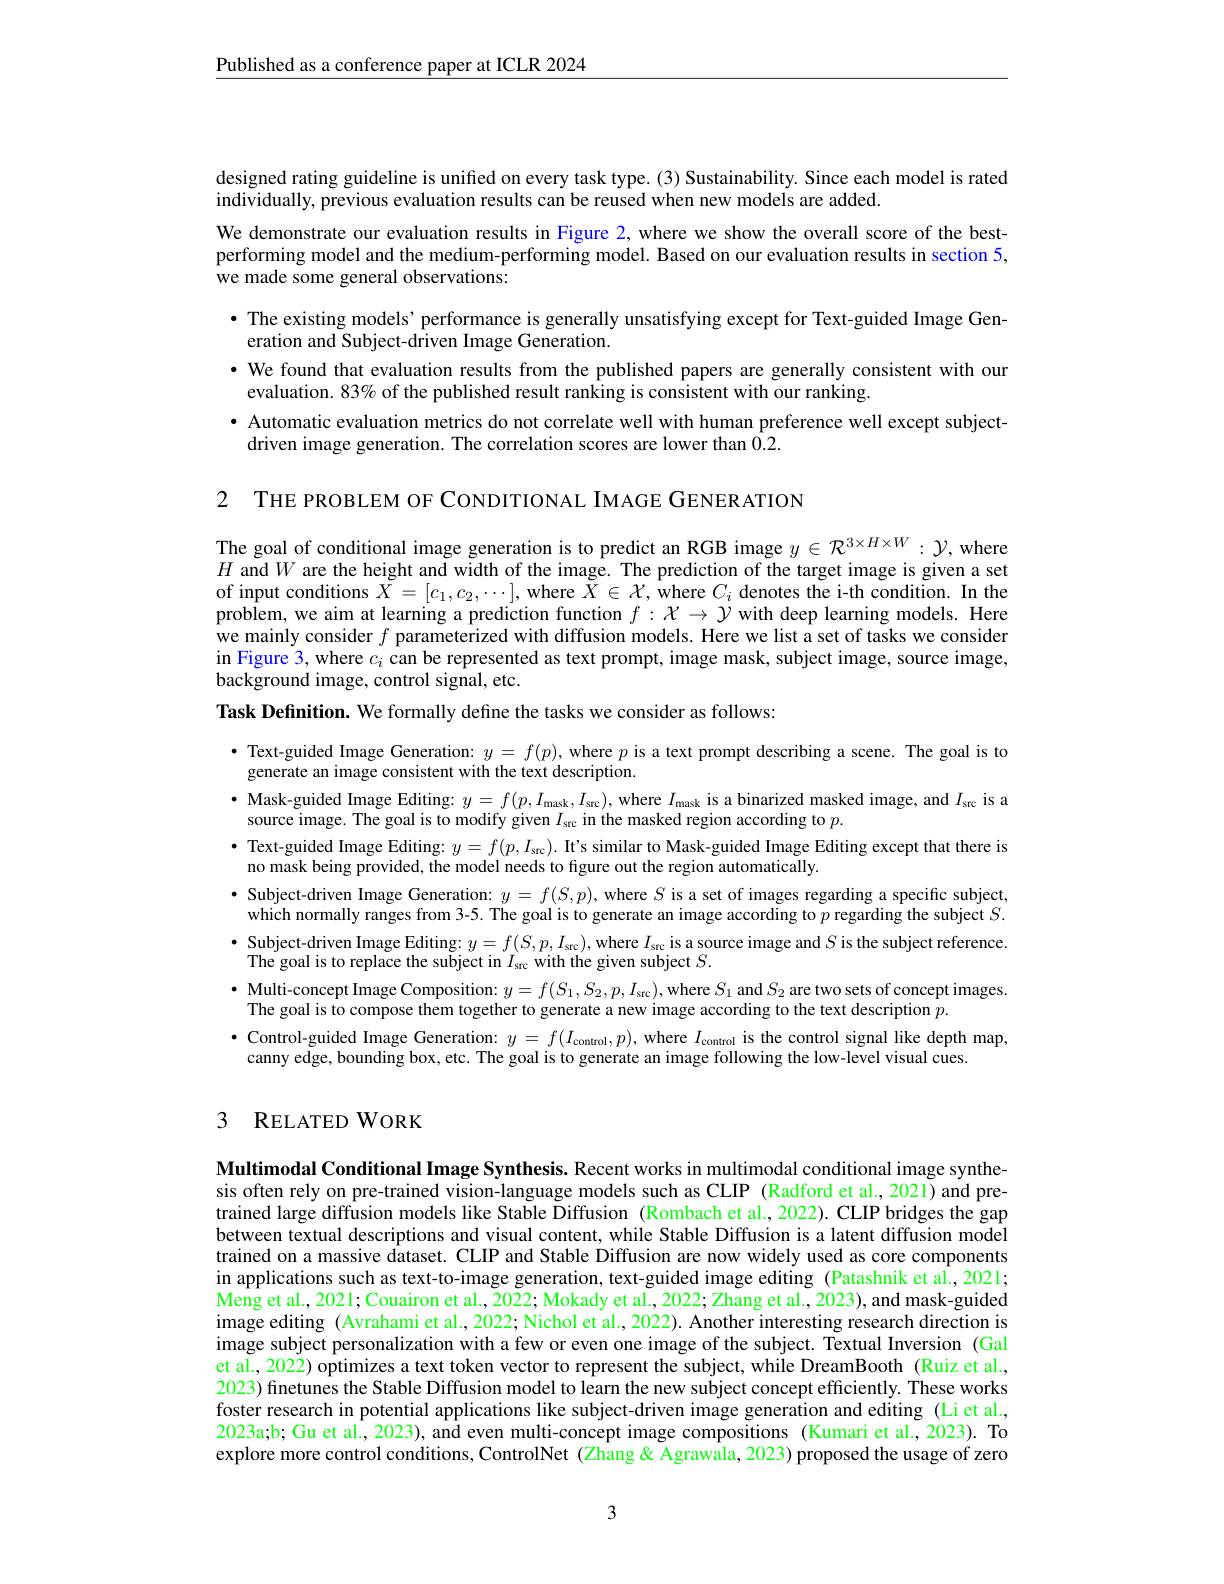
$\underline{\text{Published as a conference paper at ICLR 2024}}$

designed rating guideline is unified on every task type. (3) Sustainability. Since each model is rated
individually, previous evaluation results can be reused when new models are added.

We demonstrate our evaluation results in Figure 2, where we show the overall score of the bestperforming model and the medium-performing model. Based on our evaluation results in section 5, we made some general observations:
$\bullet$ The existing models’performance is generally unsatisfying except for Text-guided Image Gen-
eration and Subject-driven Image Generation.
· We found that evaluation results from the published papers are generally consistent with our
evaluation. 83% of the published result ranking is consistent with our ranking
· Automatic evaluation metrics do not correlate well with human preference well except subject-
driven image generation. The correlation scores are lower than 0.2.

2 THE PROBLEM OF CONDITIONAL IMAGE GENER ATION

The goal of conditional image generation is to predict an RGB image $y\in\mathcal{R}^{3\times H\times W}:\mathcal{Y}$,where $H$ and $W$ are the height and width of the image. The prediction of the target image is given a set of input conditions $\tilde{X}=[c_{1},c_{2},\cdots]$, where $\tilde{X}\in\mathcal{X}$, where $C_i$ denotes the i-th condition. In the problem, we aim at learning a prediction function $f:\mathcal{X}\to\mathcal{Y}$ with deep learning models. Here we mainly consider $f$ parameterized with diffusion models. Here we list a set of tasks we consider $\begin{array}{c}\mathrm{in~Figure~3,~where~}c_{i}&\mathrm{can~be~represented~as~text~prompt,~image~mask,~subject~image,~source~image,}\\\mathrm{in~Figure~3,~where~}c_{i}&\mathrm{can~be~represented~as~text~prompt,~image~mask,~subject~image,~sourcе~image,}\end{array}$ background image, control signal, etc.

Task Definition. We formally define the tasks we consider as follows:

· Text-guided Image Generation: $y=f(p)$, where $p$ is a text prompt describing a scene. The goal is to
generate an image consistent with the text description.
$\bullet$ Mask-guided Image Editing: $y=f(p,I_{\mathrm{mask}},I_{\mathrm{src}})$, where $I_\mathrm{mask}$ is a binarized masked image, and $I_\mathrm{src}$ is a
source image. The goal is to modify given $I_\mathrm{src}$ in the masked region according to $p.$
$\bullet$ Text-guided Image Editing: $y=f(p,I_{\mathrm{src}}).$ It's similar to Mask-guided Image Editing except that there is
no mask being provided, the model needs to figure out the region automatically.
$\bullet$ Subject-driven Image Generation: $y=f(S,p)$, where $S$ is a set of images regarding a specific subject,
$\dot{\text{which normally ranges from 3-5. The goal is to generate an image according to }p}$ regarding the subject $S.$ $\bullet$ Subject-driven Image Editing: $y=f(S,p,I_{\mathrm{stc}})$, where $I_\mathrm{src}$ is a source image and $S$ is the subject reference. The goal is to replace the subject in $I_\mathrm{src}$ with the given subject $S.$
$\bullet$ Multi-concept Image Composition: $y=f(S_1,S_2,p,I_{\mathrm{src}})$, where $S_1$ and $S_2$ are two sets of concept images.
The goal is to compose them together to generate a new image according to the text description $p.$
$\bullet$ Control-guided Image Generation: $y=f(I_{\mathrm{control}},p)$, where $I_\mathrm{control}$ is the control signal like depth map,
canny edge, bounding box, etc. The goal is to generate an image following the low-level visual cues.

# 3 RELATED WORK

Multimodal Conditional Image Synthesis. Recent works in multimodal conditional image synthesis often rely on pre-trained vision-language models such as CLIP (Radford et al., 2021) and pretrained large diffusion models like Stable Diffusion (Rombach et al., 2022). CLIP bridges the gap between textual descriptions and visual content, while Stable Diffusion is a latent diffusion model trained on a massive dataset. CLIP and Stable Diffusion are now widely used as core components in applications such as text-to-image generation, text-guided image editing (Patashnik et al., 2021; Meng et al., 2021; Couairon et al., 2022; Mokady et al., 2022; Zhang et al., 2023), and mask-guided image editing (Avrahami et al., 2022; Nichol et al., 2022). Another interesting research direction is image subject personalization with a few or even one image of the subject. Textual Inversion (Gal et al., 2022) optimizes a text token vector to represent the subject, while DreamBooth (Ruiz et al., 2023) finetunes the Stable Diffusion model to learn the new subject concept efficiently. These works foster research in potential applications like subject-driven image generation and editing (Li et al, 2023a;b; Gu et al., 2023), and even multi-concept image compositions (Kumari et al., 2023). To explore more control conditions, ControlNet (Zhang & Agrawala, 2023) proposed the usage of zero

3